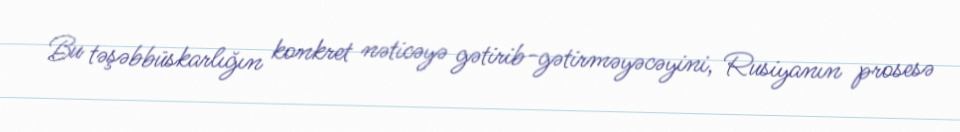
Bu təşəbbüskarlığın konkret nəticəyə gətirib-gətirməyəcəyini, Rusiyanın prosesə